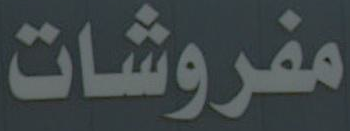
مفروشات